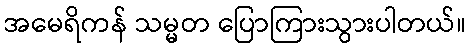
အမေရိကန် သမ္မတ ပြောကြားသွားပါတယ်။